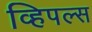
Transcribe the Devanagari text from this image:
व्हिपल्स